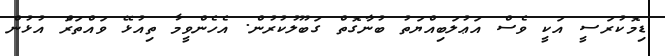
ޑިމޮކުރަސީ އަކީ ވެސް އަޢުލަބިއްޔަތު ބުނާގޮތް ގަބޫލުކުރުން. އެހެންވީމާ ތިއުޅޭ ވައްތަރަެް އުޅުން